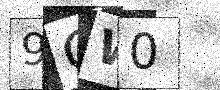
Text: 9GW0